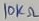
Text: 10KΩ